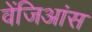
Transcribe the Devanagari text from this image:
वेंजिआंस